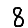
Digit: 8